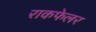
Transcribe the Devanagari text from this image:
राकफेलर